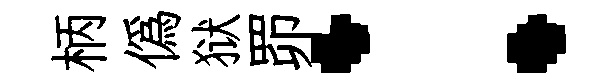
柄僞狱𦊑：